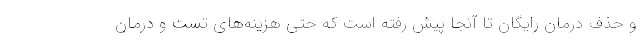
و حذفِ درمان رایگان تا آنجا پیش رفته است که حتی هزینه‌های تست و درمان